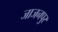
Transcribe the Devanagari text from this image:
जाजनपुर